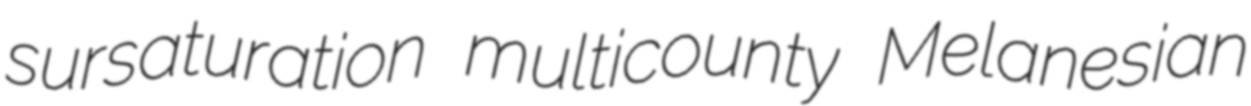
sursaturation multicounty Melanesian